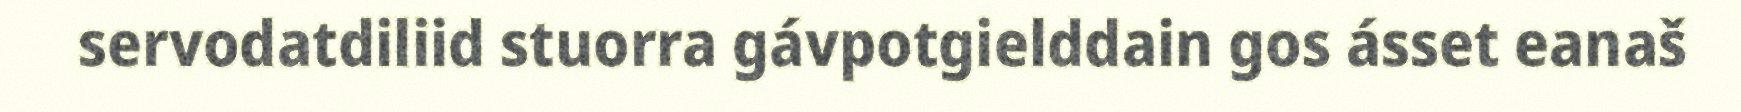
servodatdiliid stuorra gávpotgielddain gos ásset eanaš